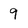
Character: 9